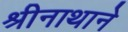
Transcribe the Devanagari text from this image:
श्रीनाथाने